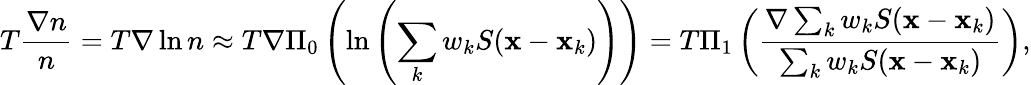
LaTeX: T\frac{\nabla n}{n}=T\nabla\ln n\approx T\nabla\Pi_{0}\left(\ln\left(\sum_{k}w_{k}S({\mathbf x}-{\mathbf x}_{k})\right)\right)=T\Pi_{1}\left(\frac{\nabla\sum_{k}w_{k}S({\mathbf x}-{\mathbf x}_{k})}{\sum_{k}w_{k}S({\mathbf x}-{\mathbf x}_{k})}\right),